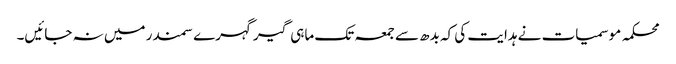
محکمہ موسمیات نے ہدایت کی کہ بدھ سے جمعہ تک ماہی گیرگہرے سمندر میں نہ جائیں۔